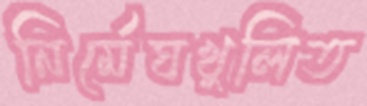
নির্মেঘখুলিত